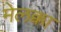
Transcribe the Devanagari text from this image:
मेलक्का